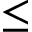
\le